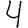
Digit: 4